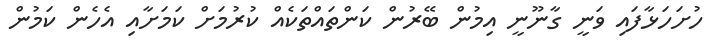
ހުށަހަޅާފައި ވަނީ ގާނޫނީ އިމުން ބޭރުން ކަންތައްތަކެއް ކުރުމަށް ކަމަށާއި އެހެން ކަމުން